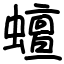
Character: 蟺